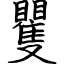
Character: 矍